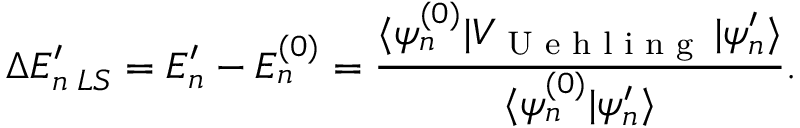
\Delta E _ { n \; L S } ^ { \prime } = E _ { n } ^ { \prime } - E _ { n } ^ { ( 0 ) } = \frac { \langle \psi _ { n } ^ { ( 0 ) } | V _ { \textrm { U e h l i n g } } \, | \psi _ { n } ^ { \prime } \rangle } { \langle \psi _ { n } ^ { ( 0 ) } | \psi _ { n } ^ { \prime } \rangle } .